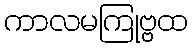
ကာလမကြုဗ္ဗထ